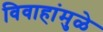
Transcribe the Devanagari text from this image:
विवाहांमुळे